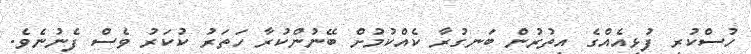
ހުސްކުރި ފުޅިއެއްގެ އިތުރުން ބަނގުރާ ކެއްކުމުށް ބޭނުންކުރާ ހަތަރު ކުކަރު ވެސް ފެނުނެވެ.